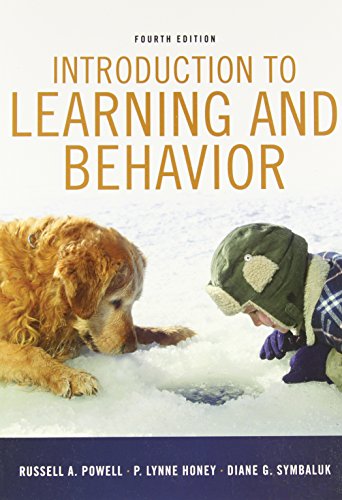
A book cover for Introduction to Learning and Behavior (PSY 361 Learning); Russell A. Powell; Science & Math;